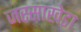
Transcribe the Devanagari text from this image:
जस्‍साखेडा